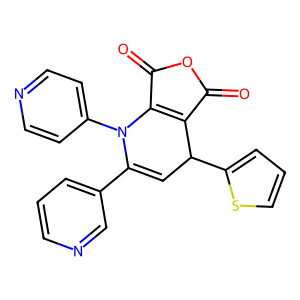
SMILES: O=C1OC(=O)C2=C1C(c1cccs1)C=C(c1cccnc1)N2c1ccncc1
Inhibits HIV replication: No